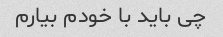
چی باید با خودم بیارم